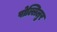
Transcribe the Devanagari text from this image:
पोल्लिलुर